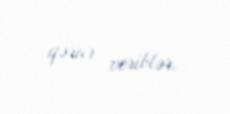
qərar veriblər.